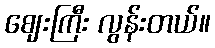
ဈေးကြီး လွန်းတယ်။